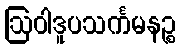
ဩဝါဒူပသင်္ကမနဉ္စ